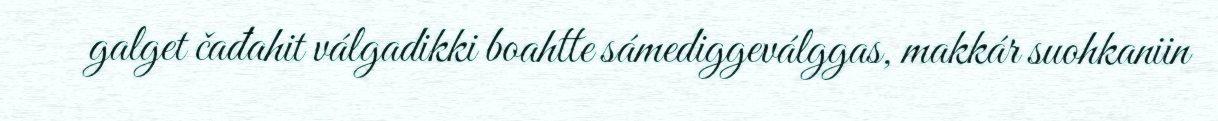
galget čađahit válgadikki boahtte sámediggeválggas, makkár suohkaniin